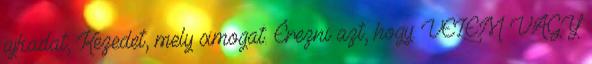
ajkadat, Kezedet, mely simogat. Érezni azt, hogy: VELEM VAGY